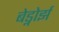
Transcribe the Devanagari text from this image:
बेड्नोर्झ